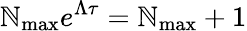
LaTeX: \mathbb{N}_{\operatorname*{max}}e^{\Lambda\tau}=\mathbb{N}_{\operatorname*{max}}+1